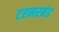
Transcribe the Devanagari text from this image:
टरनरबंड